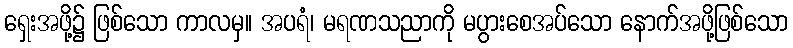
ရှေးအဖို့၌ ဖြစ်သော ကာလမှ။ အပရံ၊ မရဏသညာကို မပွားစေအပ်သော နောက်အဖို့ဖြစ်သော